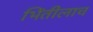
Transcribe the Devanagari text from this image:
भिंतीलाच